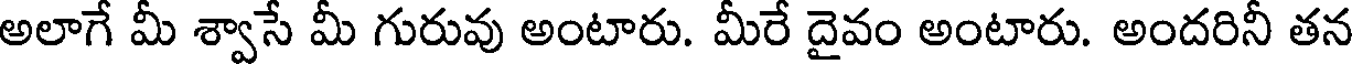
అలాగే మీ శ్వాసే మీ గురువు అంటారు. మీరే దైవం అంటారు. అందరినీ తన